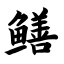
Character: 鳝